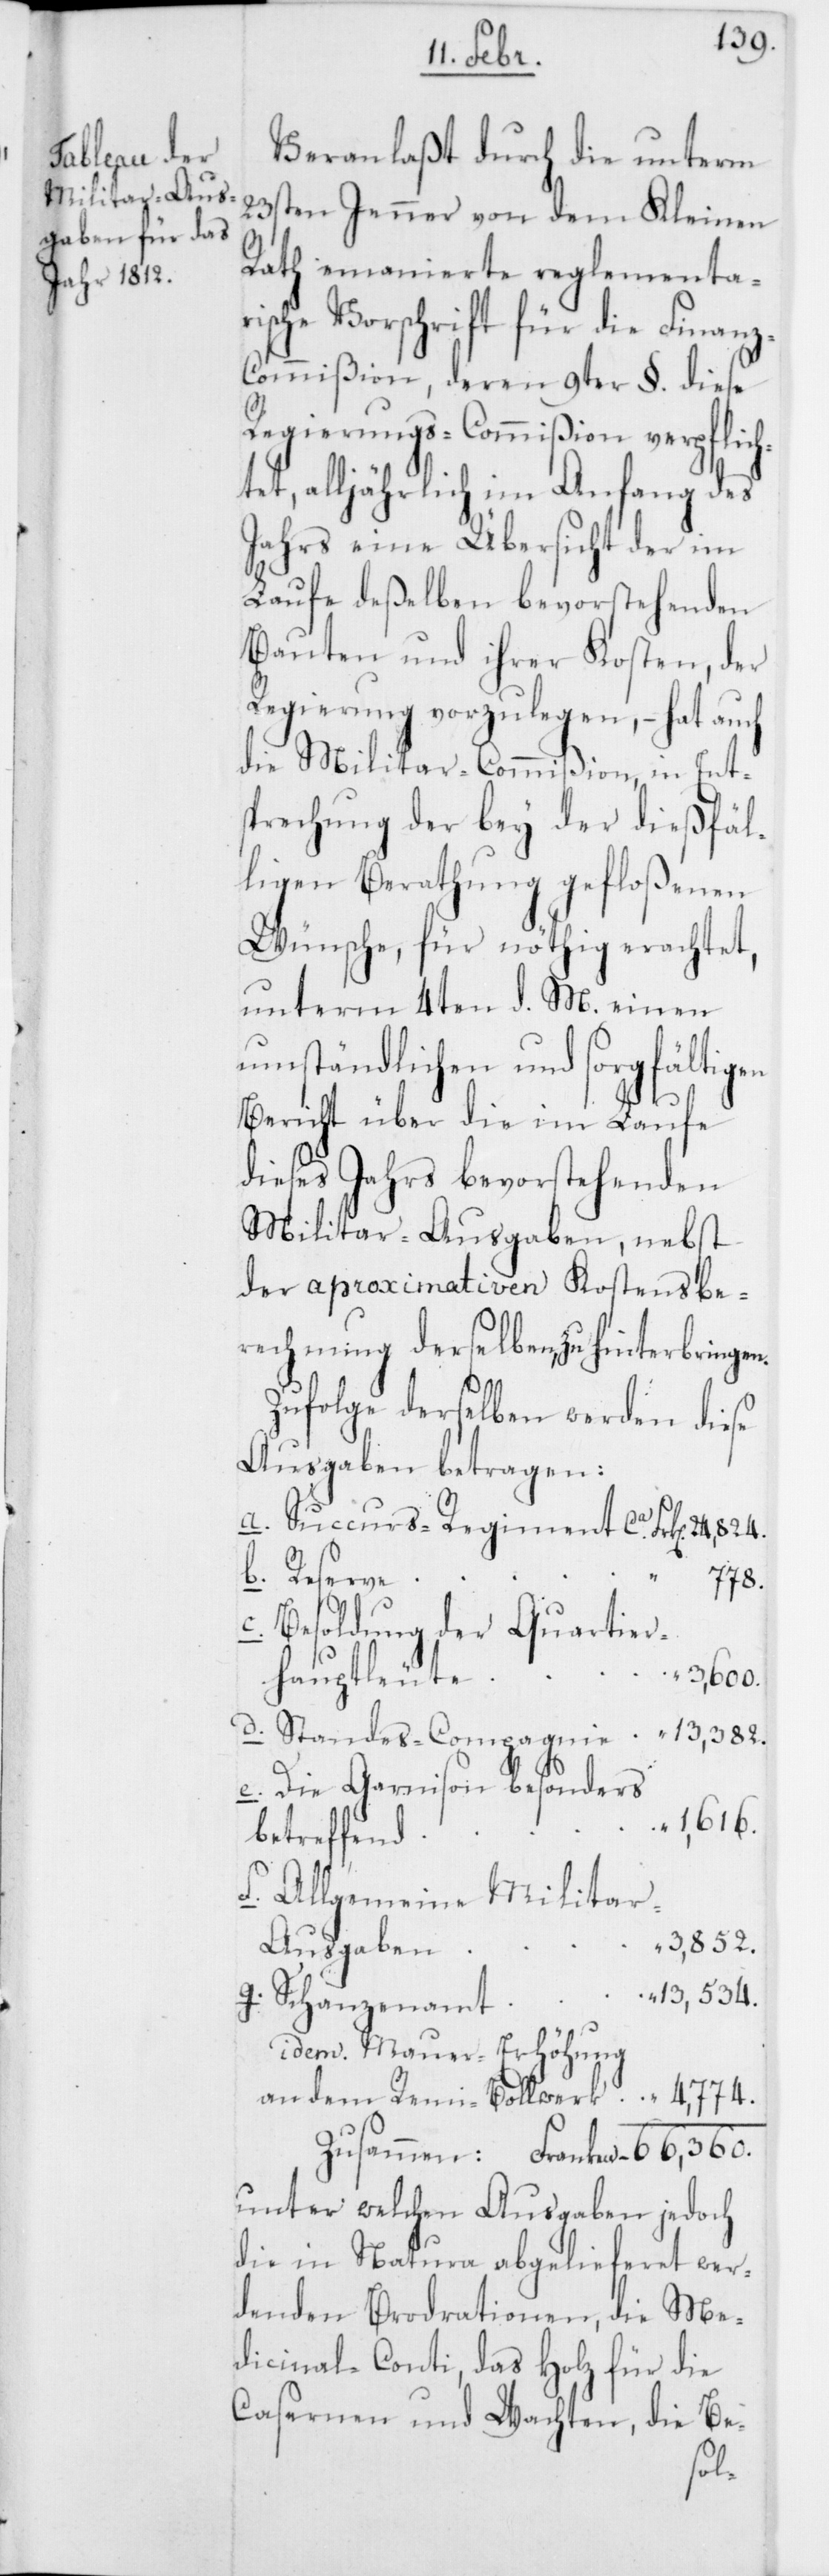
Veranlaßt durch die unterm
23sten Jenner von dem Kleinen
Rath emanierte reglementar¬
ische Vorschrift für die Finan¬
ommißion, deren 9ter §. diese
Regierungs-Commißion verpflich¬
et, alljährlich im Anfang des
Jahrs eine Übersicht der im
Laufe deßelben bevorstehenden
Bauten und ihrer Kosten, der
Regierung vorzulegen, – hat auch
die Militar-Commißion, in Ent¬
sprechung der bey der dießfäl¬
ligen Berathung gefloßenen
Wünsche, für nöthig erachtet,
unterm 4ten d. M. einen
umständlichen und sorgfältigen
Bericht über die im Laufe
dieses Jahrs bevorstehenden
Militar-Ausgaben, nebst
der aproximativen Kostensbe¬
rechnung derselben, zu hinterbringen.
Zufolge derselben werden diese
Ausgaben betragen:
b. Reserve
778.
c. Besoldung der Quartie¬
Franken
3,600.
auptleute
d. Standes-Compagnie
e. Die Garnison besonders
1,616.
betreffend
f. Allgemeine Militar-A¬
3,852.
usgaben
13,534.
g. Schanzenamt
idem. Mauer-Erhöhung
unter welchen Ausgaben jedoch
die in Natura abgelieferet wer¬
denden Brodrationen, die Me¬
dicinal-Conti, das Holz für die
Casernen und Wachten, die Be-